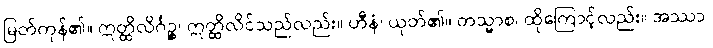
မြတ်ကုန်၏။ ဣတ္ထိလိင်္ဂဉ္စ၊ ဣတ္ထိလိင်သည်လည်း။ ဟီနံ၊ ယုတ်၏။ တသ္မာစ၊ ထိုကြောင့်လည်း။ အဿာ၊